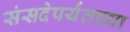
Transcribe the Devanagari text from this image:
संसदेपर्यंतच्या